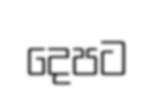
දෙපට